Haapsalu_Metskond, lk 23
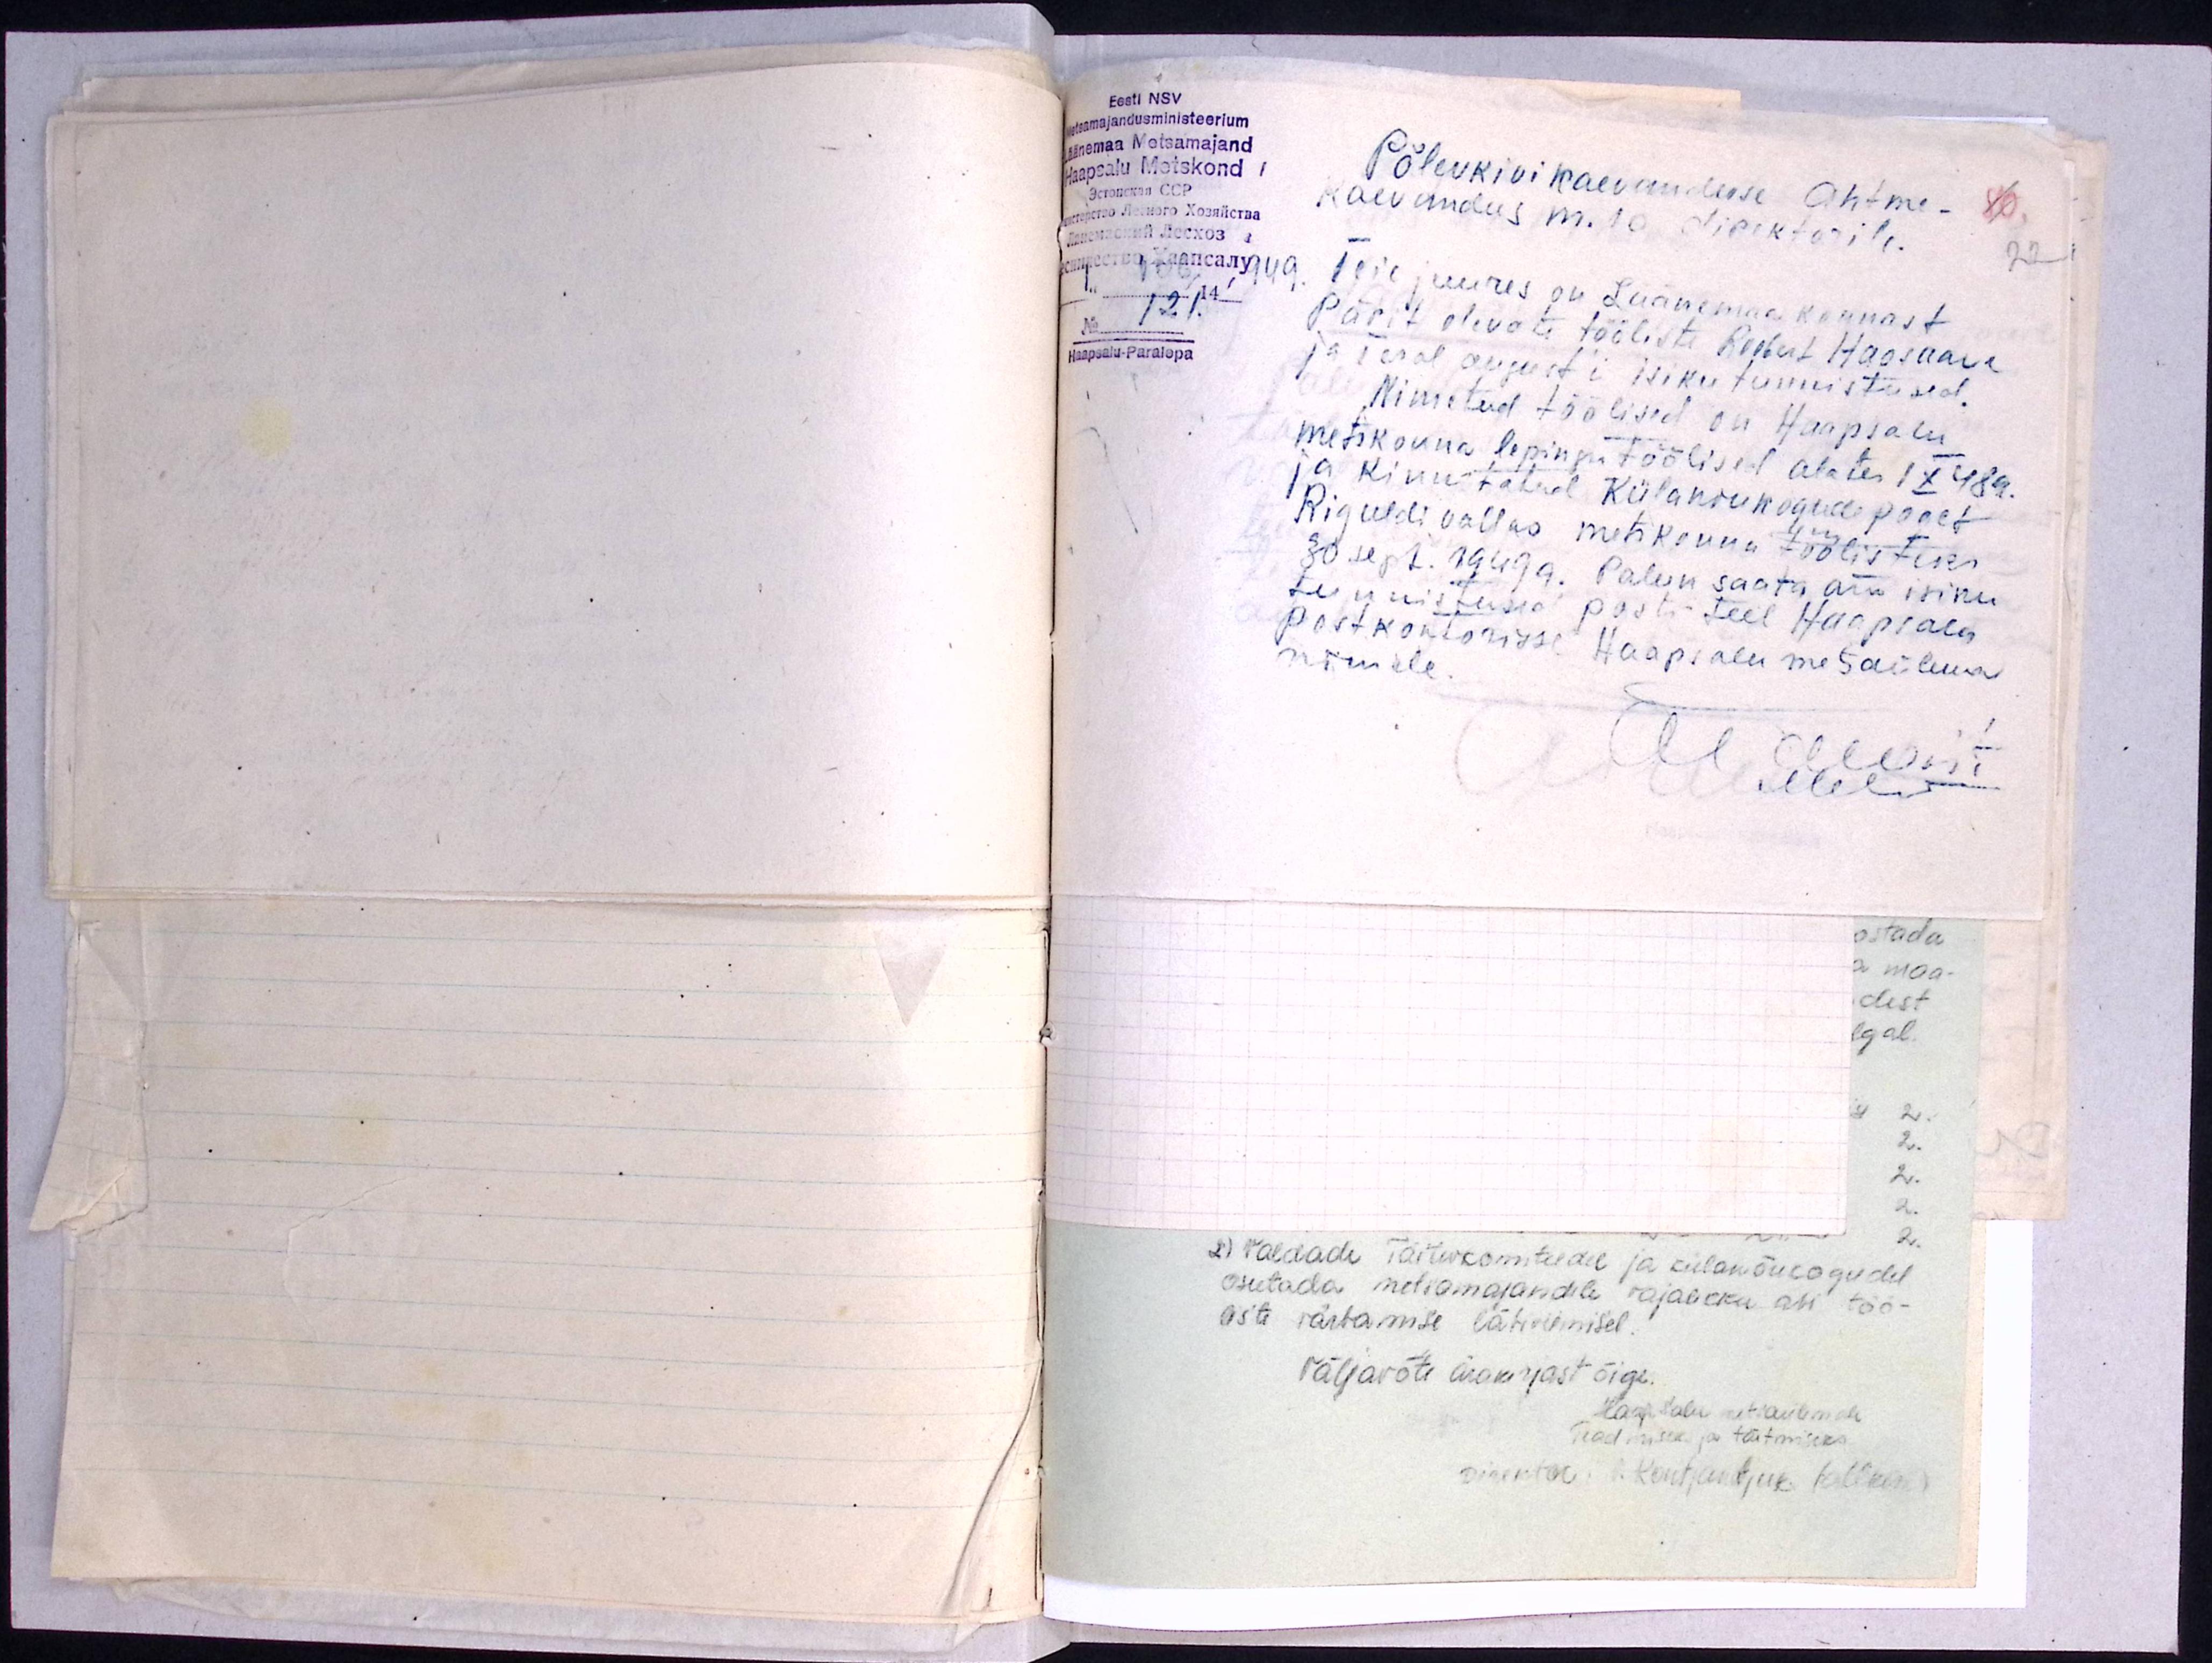
Eesti NSV
Metsamajandusministeerium
Läänemaa Metsamajand
Haapsalu Metskond
Põlevkivi kaevanduse Ahtme-
80
Kaevandus m. 10 direktorile.
22
Teie juures on Läänemaakonnast
No 121.
Haapsalu-Paralepa
Pärit olevate tööliste Roobert Haosaare
ja Teral August´i isiku tunnistused.
Nimetud töölised on Haapsalu
metskonna lepingutöölised alates 1 X 48a.
ja kinnitatud külanõukogude poolt
Riguldi vallas metskonna töölisteks
30. sept. 1949a. Palun saata ära isiku
tunnistused posti teel Haapsalu
postkontorisse Haapsalu metsaülema
nimele.